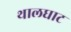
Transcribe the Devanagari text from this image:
थालघाट